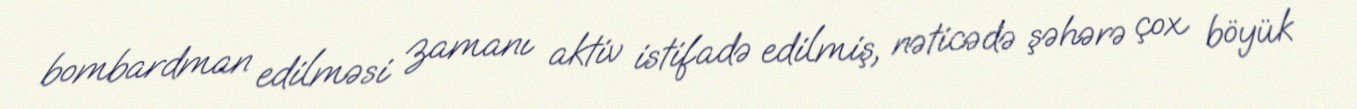
bombardman edilməsi zamanı aktiv istifadə edilmiş, nəticədə şəhərə çox böyük